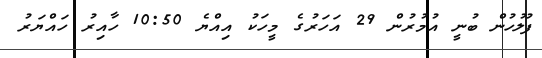
ފުލުހުން ބުނީ އުމުރުން 29 އަހަރުގެ މީހަކު އިއްޔެ 10:50 ހާއިރު ހައްޔަރު